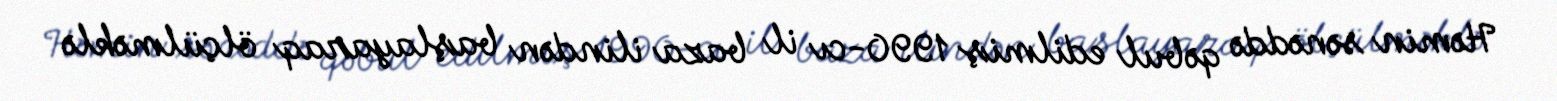
Həmin sənəddə qəbul edilmiş 1990-cı il baza ilindən başlayaraq ölçülməklə